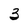
Character: 3